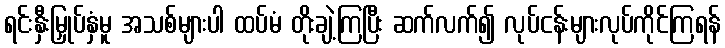
ရင်းနှီးမြှုပ်နှံမူ အသစ်များပါ ထပ်မံ တိုးချဲ့ကြပြီး ဆက်လက်၍ လုပ်ငန်းများလုပ်ကိုင်ကြရန်